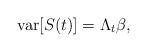
LaTeX: \begin{align*}\mbox{var}[S(t)]=\Lambda_t\beta,\end{align*}